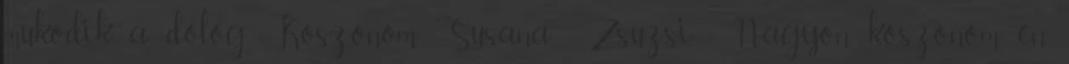
mukodik a dolog. Koszonom Susana Zsuzsi : Nagyon köszönöm, én